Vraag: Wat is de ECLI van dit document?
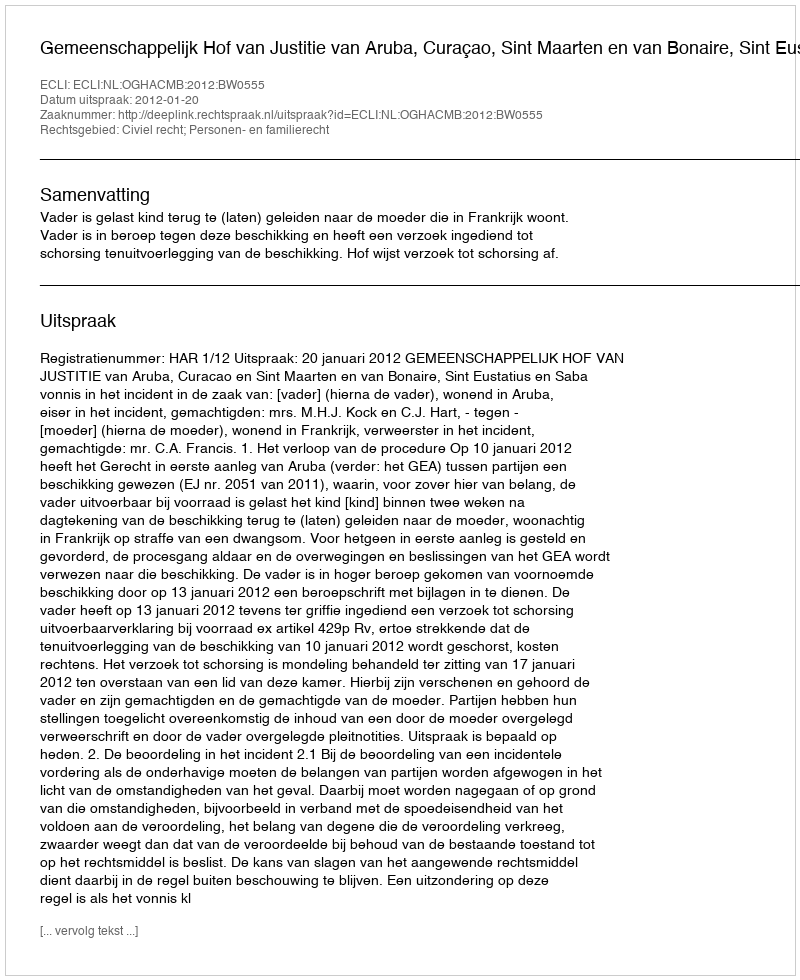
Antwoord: ECLI:NL:OGHACMB:2012:BW0555